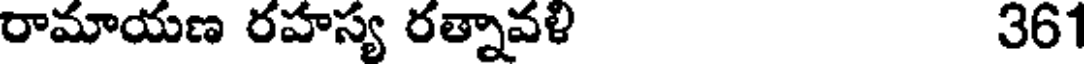
రామాయణ రహస్య రత్నావళి 361